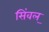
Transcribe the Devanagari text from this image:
सिंवल्